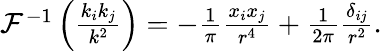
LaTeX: \begin{array}{r}{\mathcal{F}^{-1}\left(\frac{k_{i}k_{j}}{k^{2}}\right)=-\frac{1}{\pi}\frac{x_{i}x_{j}}{r^{4}}+\frac{1}{2\pi}\frac{\delta_{ij}}{r^{2}}.}\end{array}